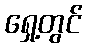
ရှေ့တွင်